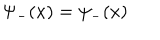
LaTeX: \Psi _ { - } ( x ) = \psi _ { - } ( x )